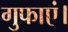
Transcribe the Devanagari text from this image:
गुफाएं।